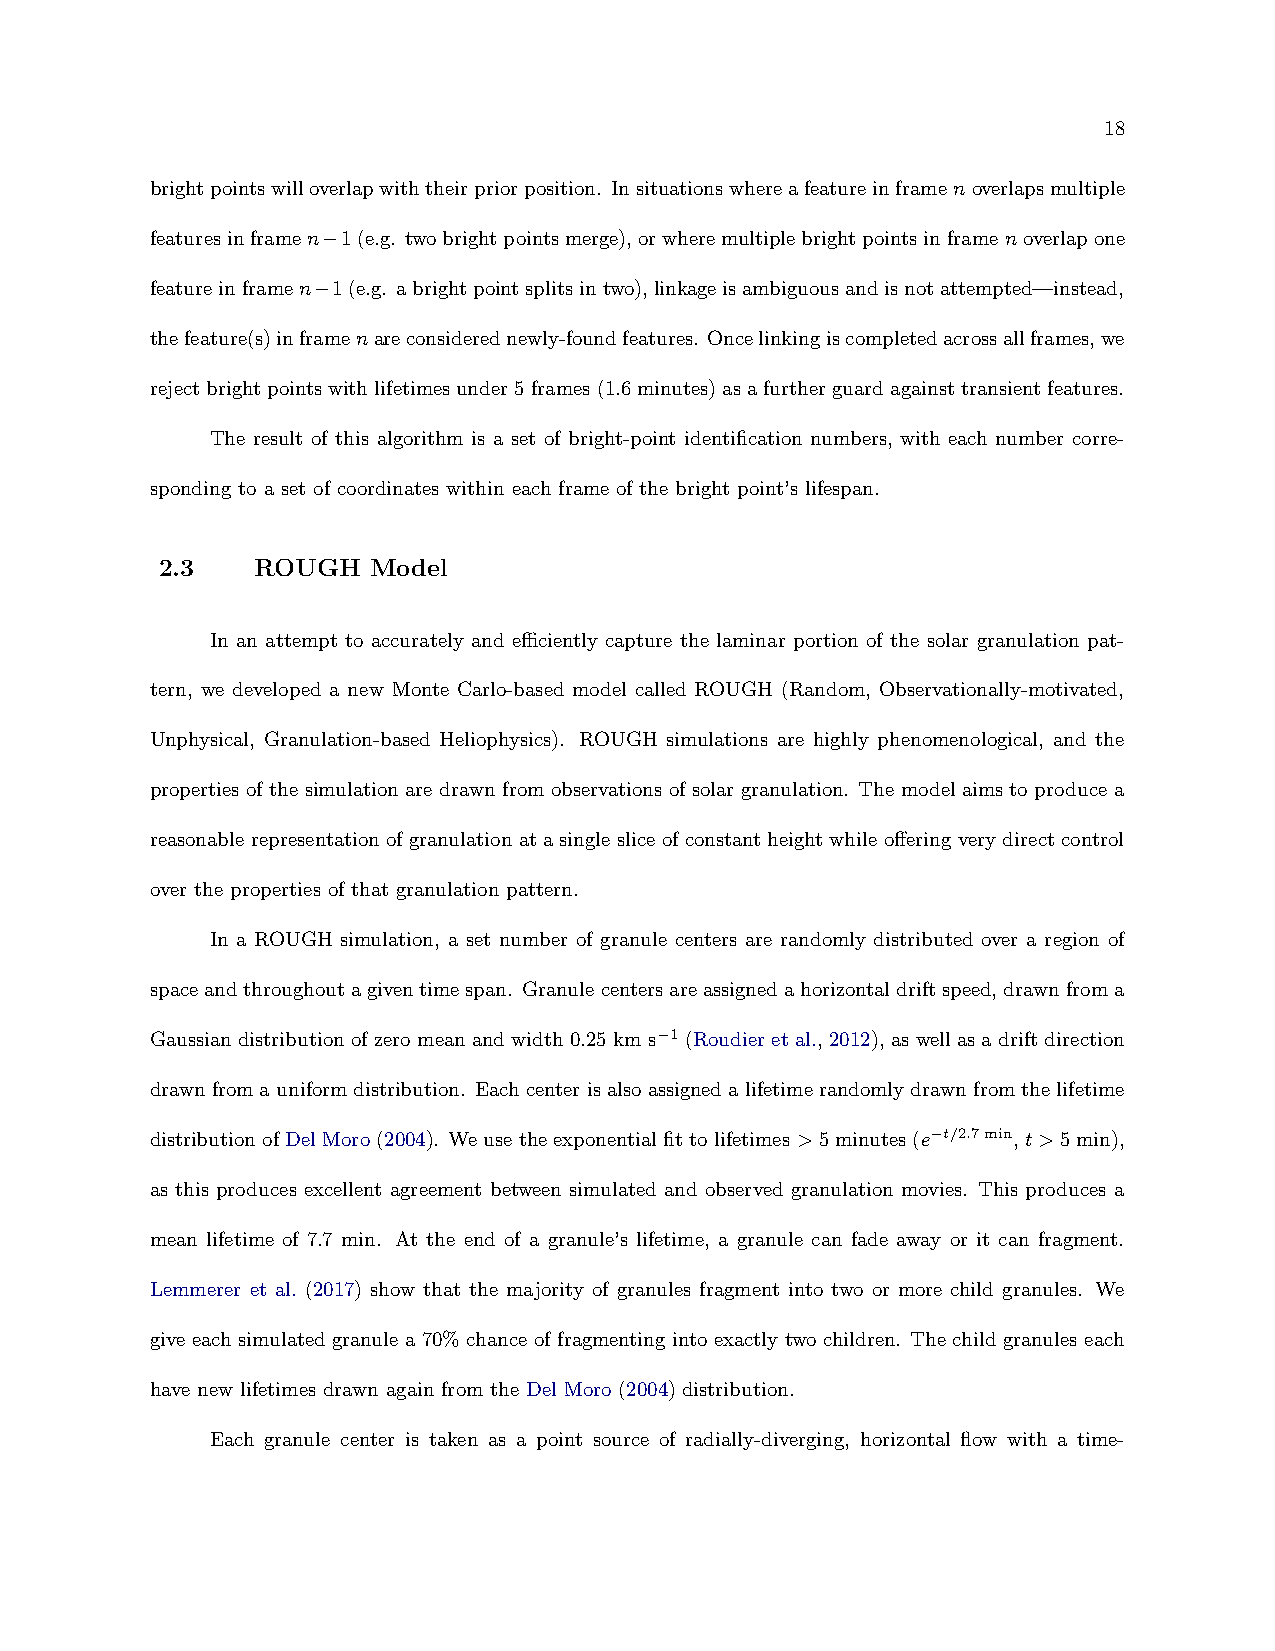
18
 brightpointswilloverlapwiththeirpriorposition. Insituationswhereafeatureinframenoverlapsmultiple
 featuresinframen−1(e.g. twobrightpointsmerge),orwheremultiplebrightpointsinframenoverlapone
 featureinframen−1(e.g. abrightpointsplitsintwo),linkageisambiguousandisnotattempted—instead,
 thefeature(s)inframenareconsiderednewly-foundfeatures. Oncelinkingiscompletedacrossallframes,we
 rejectbrightpointswithlifetimesunder5frames(1.6minutes)asafurtherguardagainsttransientfeatures.
 The result of this algorithm is a set of bright-point identification numbers, with each number corre-
 sponding to a set of coordinates within each frame of the bright point’s lifespan.
 2.3   ROUGH   Model
 In an attempt to accurately and efficiently capture the laminar portion of the solar granulation pat-
 tern, we developed a new Monte Carlo-based model called ROUGH (Random, Observationally-motivated,
 Unphysical, Granulation-based Heliophysics). ROUGH simulations are highly phenomenological, and the
 properties of the simulation are drawn from observations of solar granulation. The model aims to produce a
 reasonable representation of granulation at a single slice of constant height while offering very direct control
 over the properties of that granulation pattern.
 In a ROUGH simulation, a set number of granule centers are randomly distributed over a region of
 spaceandthroughoutagiventimespan. Granulecentersareassignedahorizontaldriftspeed,drawnfroma
 Gaussian distribution of zero mean and width 0.25 km s−1 (Roudier et al., 2012), as well as a drift direction
 drawnfromauniformdistribution. Eachcenterisalsoassignedalifetimerandomlydrawnfromthelifetime
 distributionofDelMoro(2004). Weusetheexponentialfittolifetimes>5minutes(e−t/2.7min, t>5min),
 as this produces excellent agreement between simulated and observed granulation movies. This produces a
 mean lifetime of 7.7 min. At the end of a granule’s lifetime, a granule can fade away or it can fragment.
 Lemmerer et al. (2017) show that the majority of granules fragment into two or more child granules. We
 give each simulated granule a 70% chance of fragmenting into exactly two children. The child granules each
 have new lifetimes drawn again from the Del Moro (2004) distribution.
 Each granule center is taken as a point source of radially-diverging, horizontal flow with a time-